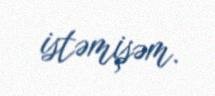
istəmişəm.